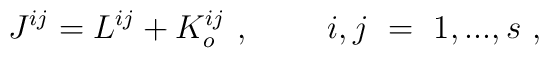
J^{ij} = L^{ij} + K_o^{ij}\ ,~~~~~~~i,j~=~1,...,s \ ,